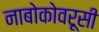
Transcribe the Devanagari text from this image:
नाबोकोवरूसी